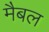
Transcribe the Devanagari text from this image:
मैबल